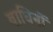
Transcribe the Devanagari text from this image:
बाघिनों